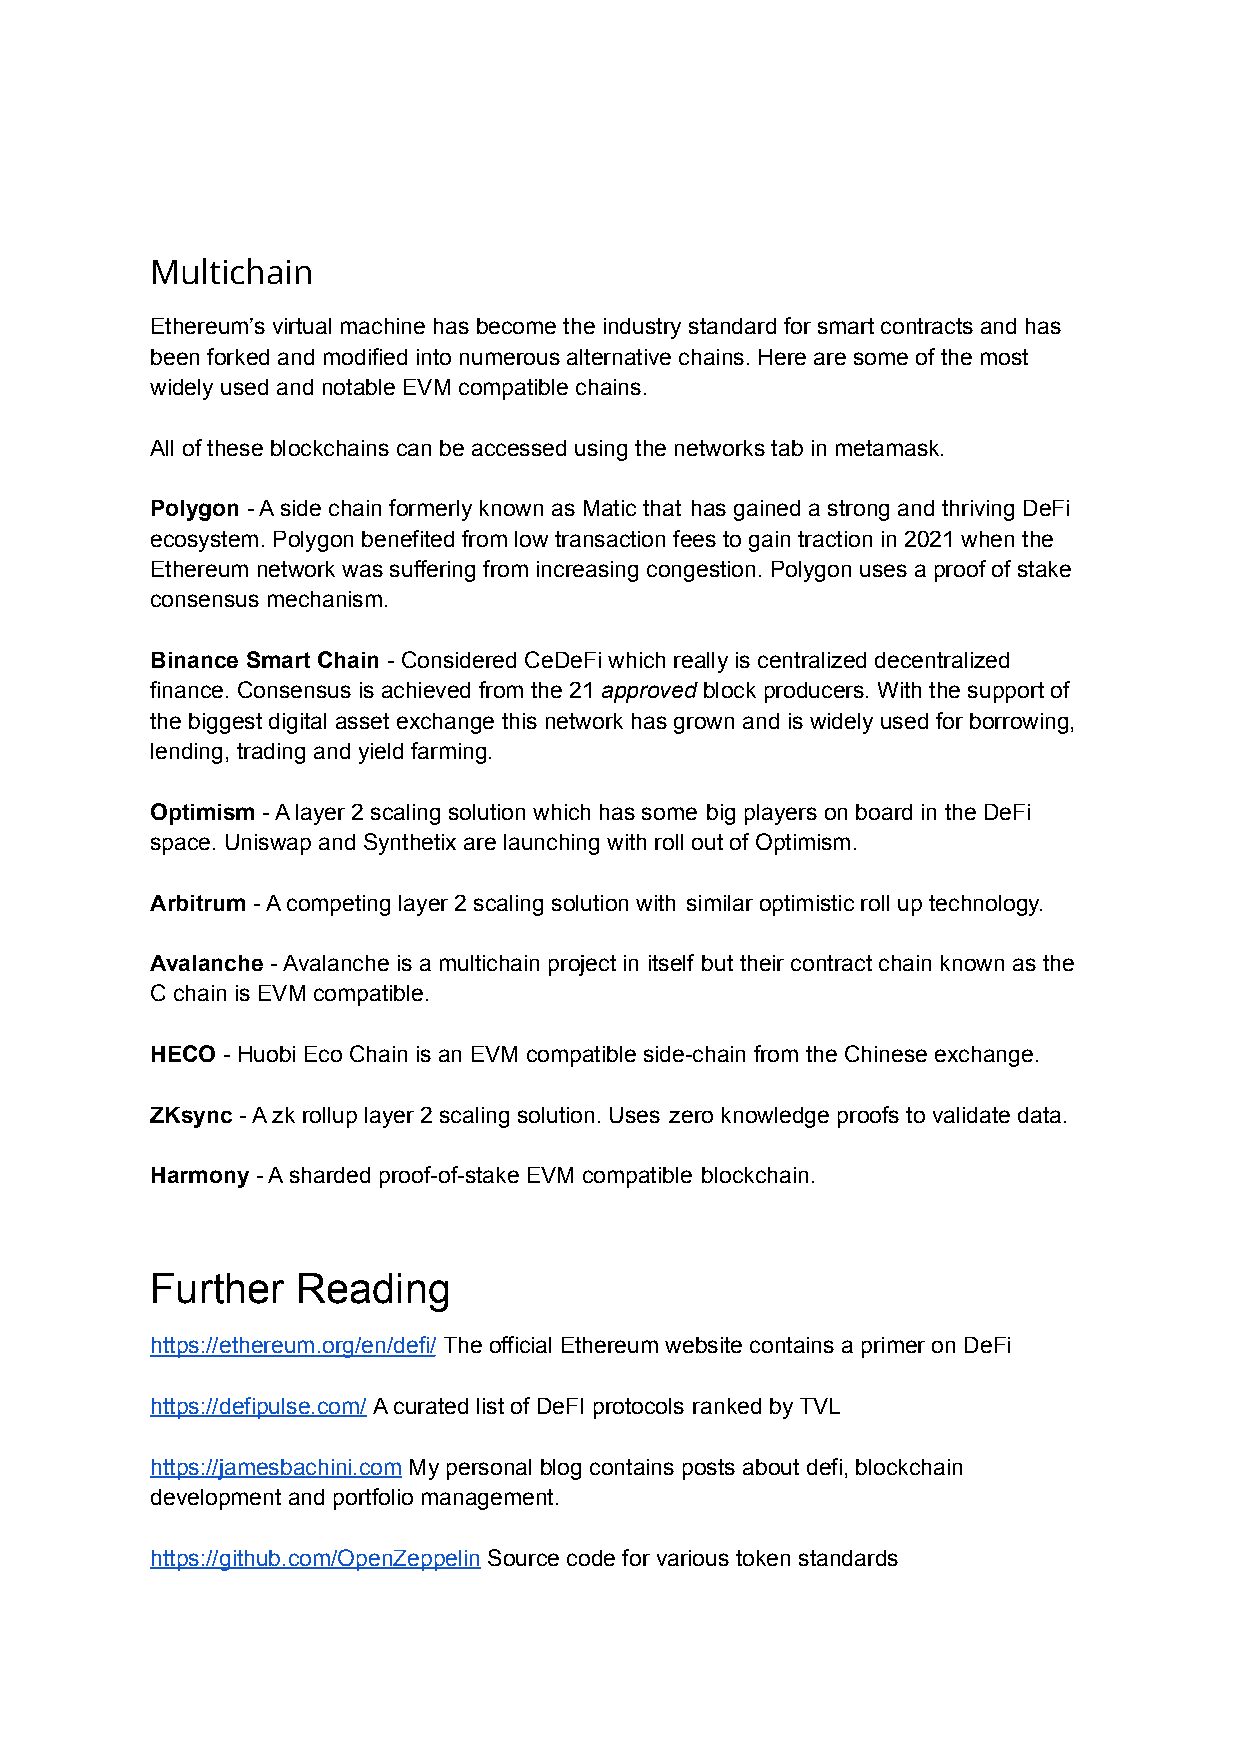
Multichain
 Ethereum’s virtual machine has become the industry standard for smart contracts and has
 been forked and modified into numerous alternative chains. Here are some of the most
 widely used and notable EVM compatible chains.
 All of these blockchains can be accessed using the networks tab in metamask.
 Polygon - A side chain formerly known as Matic that has gained a strong and thriving DeFi
 ecosystem. Polygon benefited from low transaction fees to gain traction in 2021 when the
 Ethereum network was suffering from increasing congestion. Polygon uses a proof of stake
 consensus mechanism.
 Binance Smart Chain - Considered CeDeFi which really is centralized decentralized
 finance. Consensus is achieved from the 21 approved block producers. With the support of
 the biggest digital asset exchange this network has grown and is widely used for borrowing,
 lending, trading and yield farming.
 Optimism - A layer 2 scaling solution which has some big players on board in the DeFi
 space. Uniswap and Synthetix are launching with roll out of Optimism.
 Arbitrum - A competing layer 2 scaling solution with similar optimistic roll up technology.
 Avalanche - Avalanche is a multichain project in itself but their contract chain known as the
 C chain is EVM compatible.
 HECO - Huobi Eco Chain is an EVM compatible side-chain from the Chinese exchange.
 ZKsync - A zk rollup layer 2 scaling solution. Uses zero knowledge proofs to validate data.
 Harmony - A sharded proof-of-stake EVM compatible blockchain.
 Further   Reading
 https://ethereum.org/en/defi/ The official Ethereum website contains a primer on DeFi
 https://defipulse.com/ A curated list of DeFI protocols ranked by TVL
 https://jamesbachini.com My personal blog contains posts about defi, blockchain
 development and portfolio management.
 https://github.com/OpenZeppelin Source code for various token standards